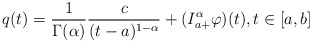
\begin{align*}q(t)= \frac{1}{\Gamma(\alpha)}\frac{c}{(t-a)^{1-\alpha}} + (I^{\alpha}_{a+} \varphi )(t) ,t \in [a,b] \end{align*}